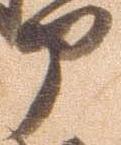
部